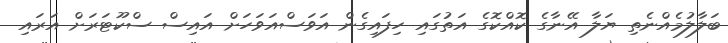
ބަލާލުމެއްނެތި ޔަލާ އޭނާގެ ކޮއްކޮގެ އަތުގައި ހިފައިގެން އަވަސްއަވަހަށް އައިސް ސްކޫޓަރަށް އަރައި